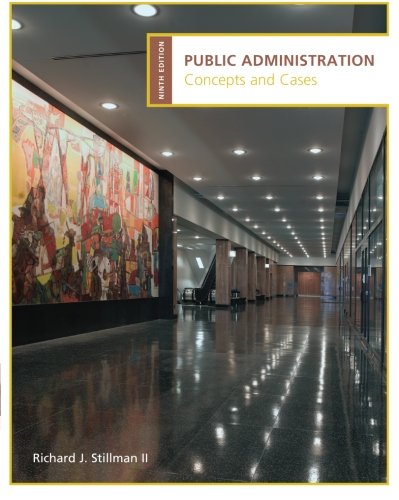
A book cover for Public Administration: Concepts and Cases; Richard Stillman; Politics & Social Sciences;